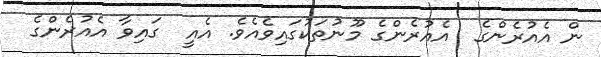
ން އެއުރެންގެ  އެއުރެންގެ މޫނުތަކުގައިވެއެވެ. އެއީ  ގައިވާ އެއުރެންގެ